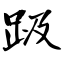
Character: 趿